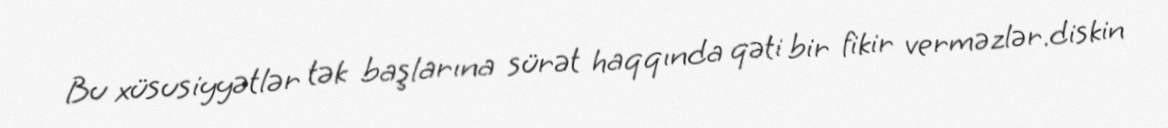
Bu xüsusiyyətlər tək başlarına sürət haqqında qəti bir fikir verməzlər.diskin